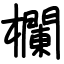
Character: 欄